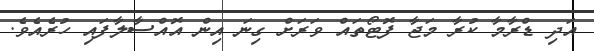
އަދި ޑްރާމާ ކުރާ މަޖާ ފޮޓޯތައް ވަރަށް ގިނަ އިން އޮއްސާލާފައި ހުރެއެވެ.